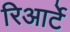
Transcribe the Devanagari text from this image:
रिआर्टे